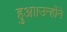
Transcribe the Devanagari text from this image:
हुआ।उन्होंने